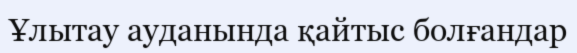
Ұлытау ауданында қайтыс болғандар